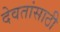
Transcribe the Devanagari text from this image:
देवतांसाठी